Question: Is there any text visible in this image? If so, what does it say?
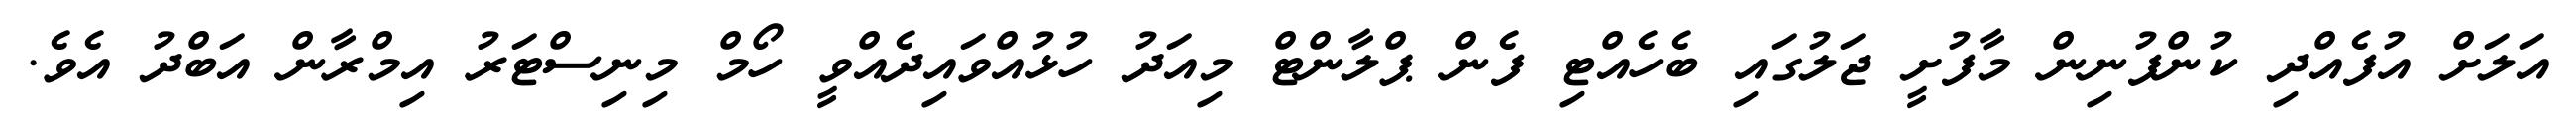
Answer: އަލަށް އުފެއްދި ކުންފުނިން މާފުށީ ޖަލުގައި ބެހެއްޓި ފެން ޕްލާންޓް މިއަދު ހުޅުއްވައިދެއްވީ ހޯމް މިނިސްޓަރު އިމްރާން އަބްދު އެވެ.